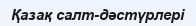
Қазақ салт-дәстүрлерi